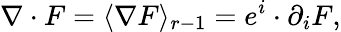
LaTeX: \nabla\cdot F=\langle\nabla F\rangle_{r-1}=e^{i}\cdot\partial_{i}F,